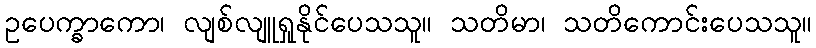
ဥပေက္ခာကော၊ လျစ်လျူရှုနိုင်ပေသသူ။ သတိမာ၊ သတိကောင်းပေသသူ။